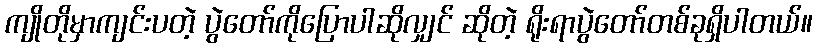
ကျိုတိုမှာကျင်းပတဲ့ ပွဲတော်ကိုပြောပါဆိုလျှင် ဆိုတဲ့ ရိုးရာပွဲတော်တစ်ခုရှိပါတယ်။